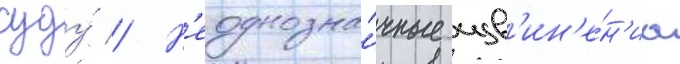
суду́ // Н'еоднозна́чные изв'ин'е́н'иа